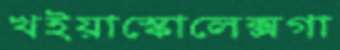
খইয়াস্কোলেক্সগা